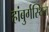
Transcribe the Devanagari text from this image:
हांबुर्गस्थित